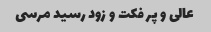
عالی و پر فکت و زود رسید مرسی